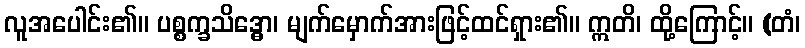
လူအပေါင်း၏။ ပစ္စက္ခသိဒ္ဓော၊ မျက်မှောက်အားဖြင့်ထင်ရှား၏။ ဣတိ၊ ထို့ကြောင့်။ (တံ၊